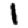
Digit: 1